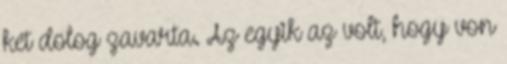
két dolog zavarta. Az egyik az volt, hogy von